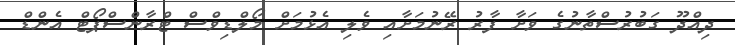
ދިއްދޫ ގަބުރުސްތާނުގެ ވަށާ ފާރު ރޭނުމަށާއި ވެލި އެޅުމަށް މޯލްޑިވްސް ޓްރާންސްޕޯޓް އެންޑް